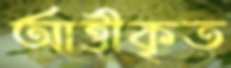
আত্তীকৃত